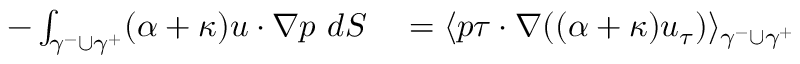
\begin{array} { r l } { - \int _ { \gamma ^ { - } \cup \gamma ^ { + } } ( \alpha + \kappa ) u \cdot \nabla p \ d S } & { { } = \langle p \tau \cdot \nabla ( ( \alpha + \kappa ) u _ { \tau } ) \rangle _ { \gamma ^ { - } \cup \gamma ^ { + } } } \end{array}